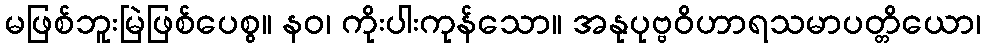
မဖြစ်ဘူးမြဲဖြစ်ပေစွ။ နဝ၊ ကိုးပါးကုန်သော။ အနုပုဗ္ဗဝိဟာရသမာပတ္တိယော၊